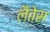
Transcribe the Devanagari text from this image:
लैतेस